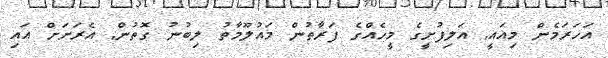
އަހަރަމެން މިއައީ